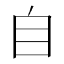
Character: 自